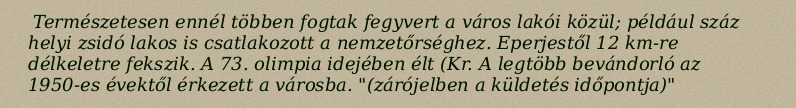
Természetesen ennél többen fogtak fegyvert a város lakói közül; például száz helyi zsidó lakos is csatlakozott a nemzetőrséghez. Eperjestől 12 km-re délkeletre fekszik. A 73. olimpia idejében élt (Kr. A legtöbb bevándorló az 1950-es évektől érkezett a városba. "(zárójelben a küldetés időpontja)"